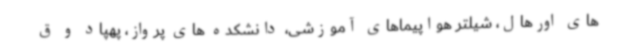
های اورهال، شیلتر هواپیماهای آموزشی، دانشکده های پرواز، پهپاد و ق